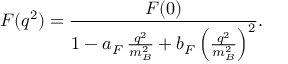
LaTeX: F ( q ^ { 2 } ) = \frac { F ( 0 ) } { 1 - a _ { F } \, \frac { q ^ { 2 } } { m _ { B } ^ { 2 } } + b _ { F } \left( \frac { q ^ { 2 } } { m _ { B } ^ { 2 } } \right) ^ { 2 } } .